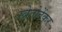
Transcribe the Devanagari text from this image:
स्त्रेतोटेंकर